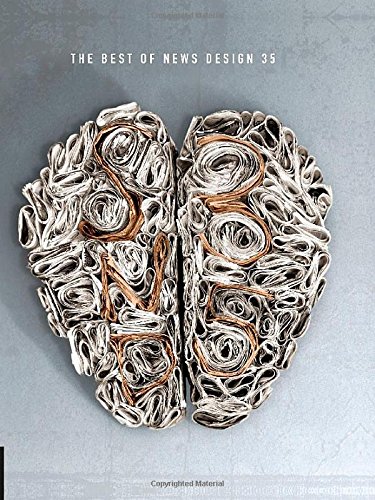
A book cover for The Best of News Design, 35th Edition (Best of Newspaper Design); Society of News Design; Arts & Photography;